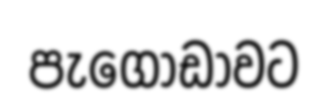
පැගොඩාවට